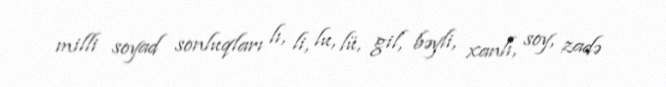
milli soyad sonluqları lı, li, lu, lü, gil, bəyli, xanlı, soy, zadə